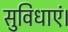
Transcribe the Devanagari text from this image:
सुविधाएं।